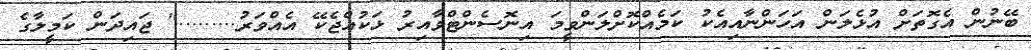
ބޭނުން އެގޮތަށް އުޅެލަން އަހަންނާއިއެކު ކަމެއްކޮށްލަންވީމަ އިނޮސެންޓްވާއިރު ޅަކުއްޖެކޭ އެއްވަރު........." ޖައިދަން ކަމީލާގެ